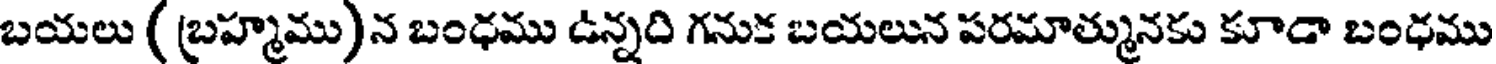
బయలు ( బ్రహ్మము)న బంధము ఉన్నది గనుక బయలున పరమాత్మునకు కూడా బంధము